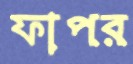
ফাপর